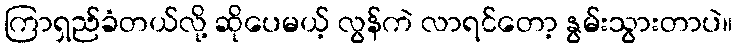
ကြာရှည်ခံတယ်လို့ ဆိုပေမယ့် လွန်ကဲ လာရင်တော့ နွမ်းသွားတာပဲ။